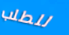
للطلب